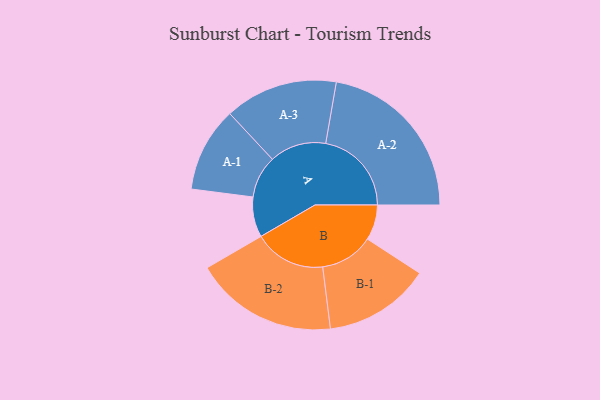
{"axis": {"x": "Segment", "y": "Value"}, "legend": ["", "A", "B"], "data": [{"x": "A", "y": 125, "type": ""}, {"x": "B", "y": 110, "type": ""}, {"x": "A-1", "y": 132, "type": "A"}, {"x": "A-2", "y": 267, "type": "A"}, {"x": "A-3", "y": 176, "type": "A"}, {"x": "B-1", "y": 166, "type": "B"}, {"x": "B-2", "y": 223, "type": "B"}]}